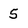
Character: 5